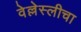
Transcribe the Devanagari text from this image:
वेल्लेस्लीचा